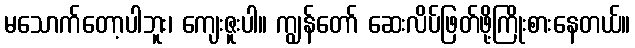
မသောက်တော့ပါဘူး၊ ကျေးဇူးပါ။ ကျွန်တော် ဆေးလိပ်ဖြတ်ဖို့ကြိုးစားနေတယ်။